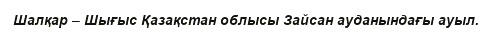
Шалқар – Шығыс Қазақстан облысы Зайсан ауданындағы ауыл.